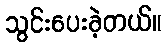
သွင်းပေးခဲ့တယ်။